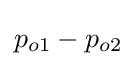
p_{o1}-p_{o2}